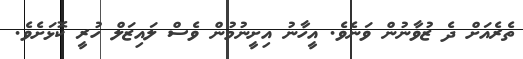
ތެރެއަށް ދެ ޒުވާނުން ވަނެވެ. އީހާނު އިށީނުމުން ވެސް ލައިޒަލް ހުރީ ކޮޅަށެވެ.